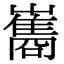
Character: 巂